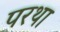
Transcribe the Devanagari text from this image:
परथा